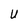
Character: U